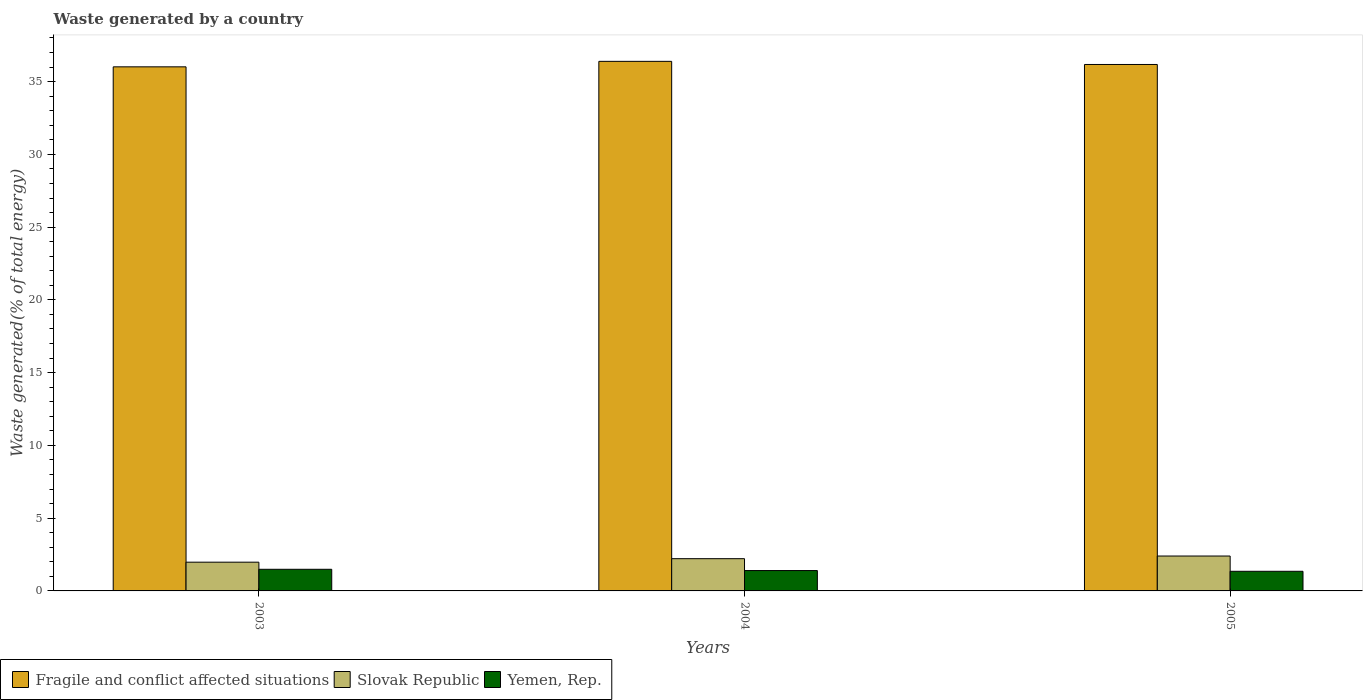
| Years | Fragile and conflict affected situations | Slovak Republic | Yemen, Rep. |
 | --- | --- | --- | --- |
 | 2003 | 36 | 1.97 | 1.49 |
 | 2004 | 36.4 | 2.22 | 1.4 |
 | 2005 | 36.2 | 2.4 | 1.35 |